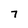
Character: 7